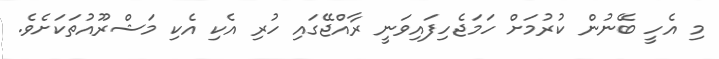
މި އެހީ ބޭނުން ކުރުމަށް ހަމަޖެހިފައިވަނީ ރާއްޖޭގައި ހުރި އެކި އެކި މަޝްރޫއުތަކަށެވެ.